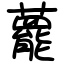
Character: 藣